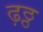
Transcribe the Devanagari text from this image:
ढ़ठ्ठ